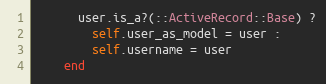
Language: Ruby
      user.is_a?(::ActiveRecord::Base) ?
        self.user_as_model = user :
        self.username = user
    end